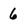
Character: 6